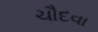
ચૌદવા